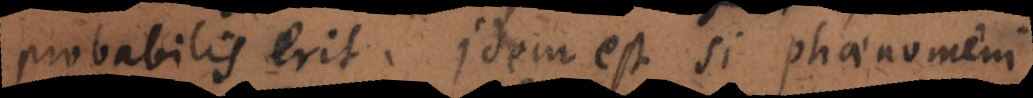
probabilis erit. Idem est si phaenomeni